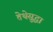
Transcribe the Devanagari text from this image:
तेथेसुद्धा